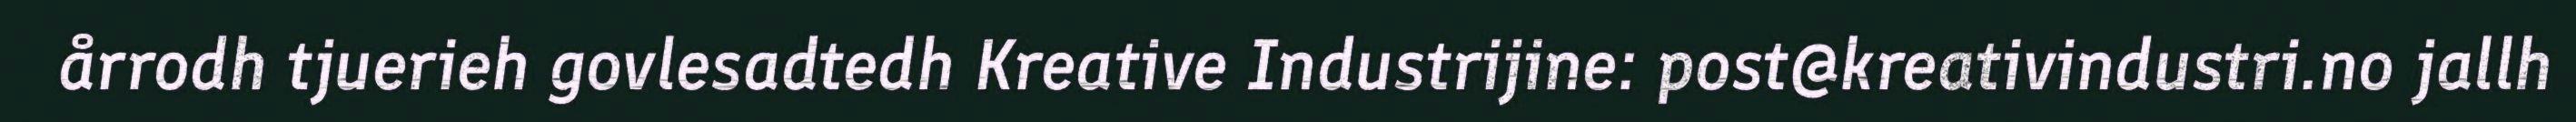
årrodh tjuerieh govlesadtedh Kreative Industrijine: post@kreativindustri.no jallh